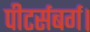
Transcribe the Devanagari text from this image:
पीटर्सबर्ग।